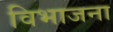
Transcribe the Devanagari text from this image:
विभाजना